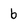
Character: b